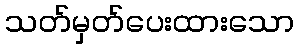
သတ်မှတ်ပေးထားသော